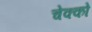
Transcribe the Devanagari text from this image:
चेक्को